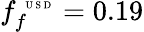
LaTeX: f_{f}^{\mathrm{~\tiny~U~S~D~}}=0.19